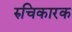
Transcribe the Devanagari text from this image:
रुचिकारक